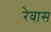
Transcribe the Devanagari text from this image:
रेवास